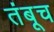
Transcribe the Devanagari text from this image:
तंबूच